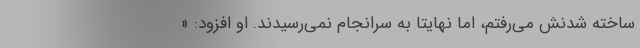
ساخته شدنش می‌رفتم، اما نهایتا به سرانجام نمی‌رسیدند. او افزود: «